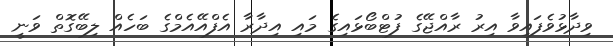
ވިދާޅުވެފައިވާ އިރު ރާއްޖޭގެ ފުޓްބޯޅައިގެ މައި އިދާރާ އެފްއޭއެމްގެ ބަހެއް ލިބޭގޮތް ވަނީ